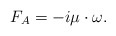
\begin{align*}F_A=-i\mu\cdot\omega.\end{align*}